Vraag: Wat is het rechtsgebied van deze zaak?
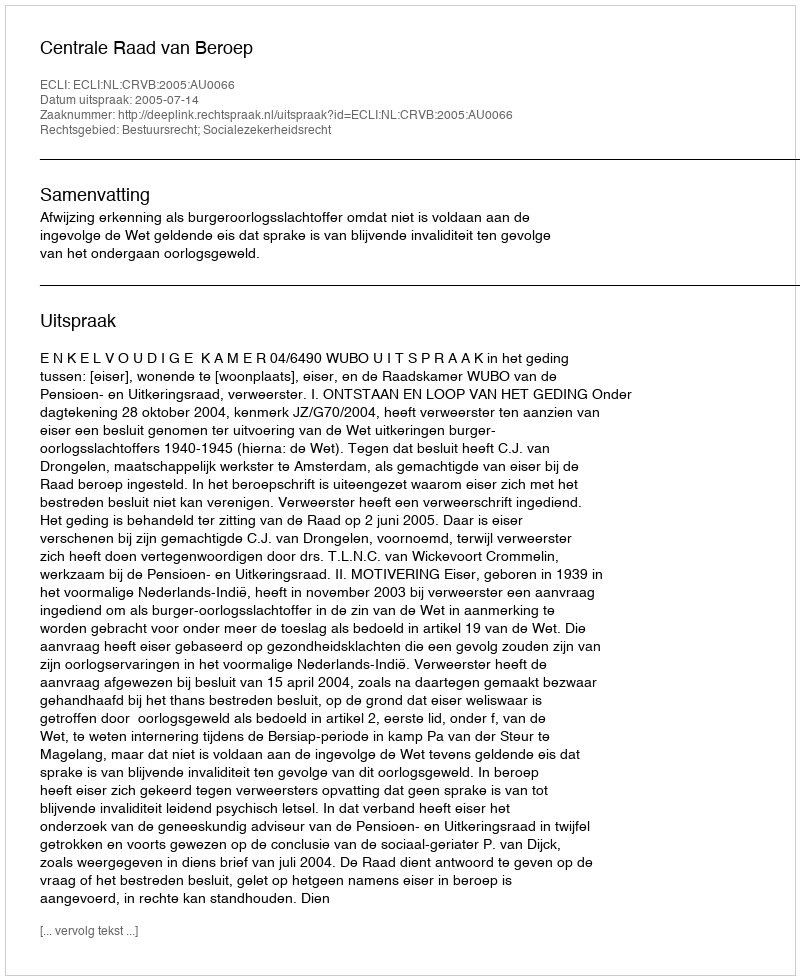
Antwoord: Bestuursrecht; Socialezekerheidsrecht